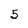
Character: 5